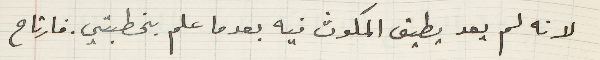
لانه لم يعد يطيق المكوث فيه بعدما علم بخطبتي. فارتاح